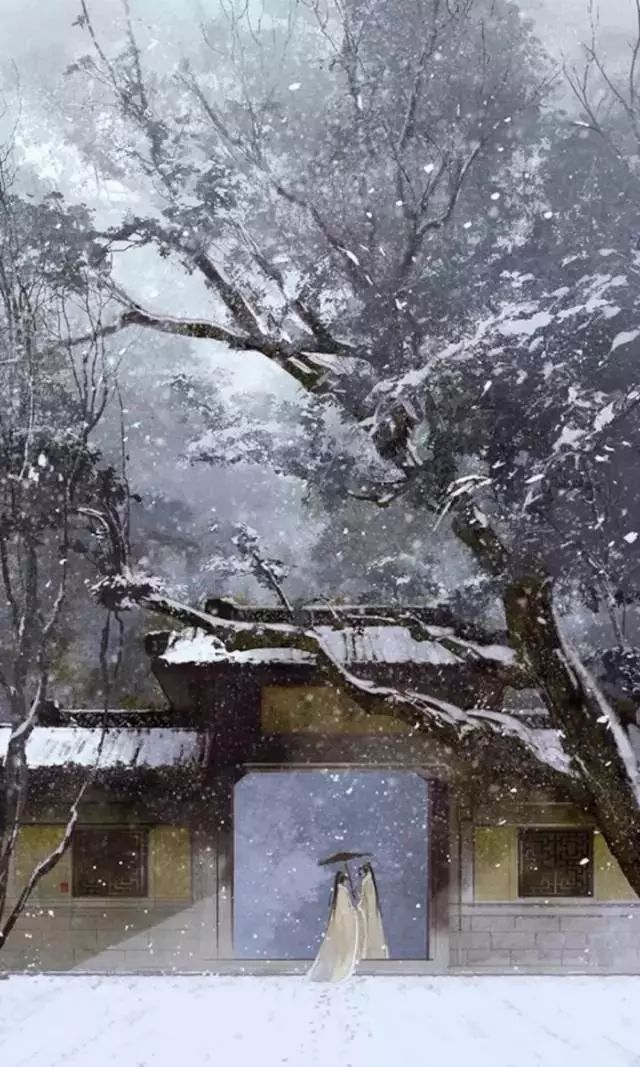
散关三尺雪，回梦旧鸳机。